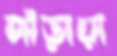
দাঁড়ায়া